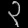
Digit: ၃